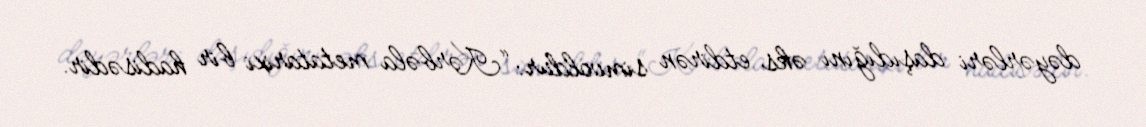
dəyərləri daşıdığını əks etdirən simvoldur: “Kərbəla metatarixi bir hadisədir.